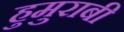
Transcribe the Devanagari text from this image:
हुमुराबी